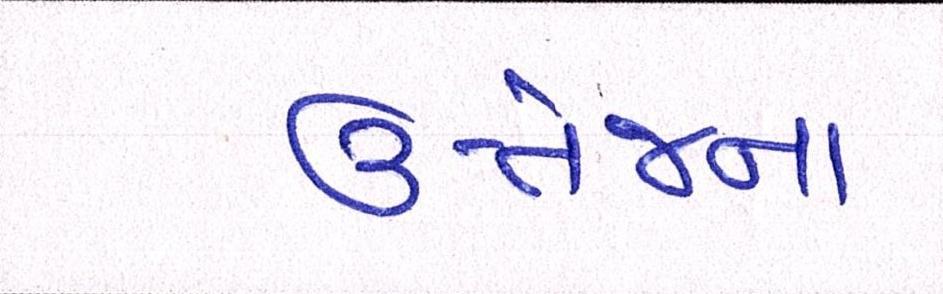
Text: ઉત્તેજના